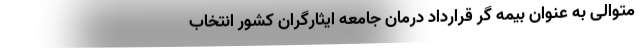
متوالی به عنوان بیمه گر قرارداد درمان جامعه ایثارگران کشور انتخاب